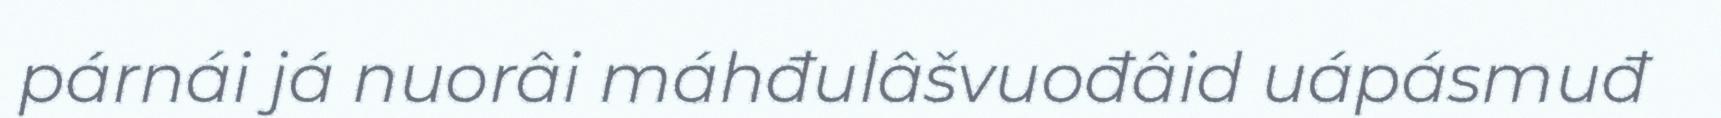
párnái já nuorâi máhđulâšvuođâid uápásmuđ